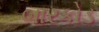
બારકોડ